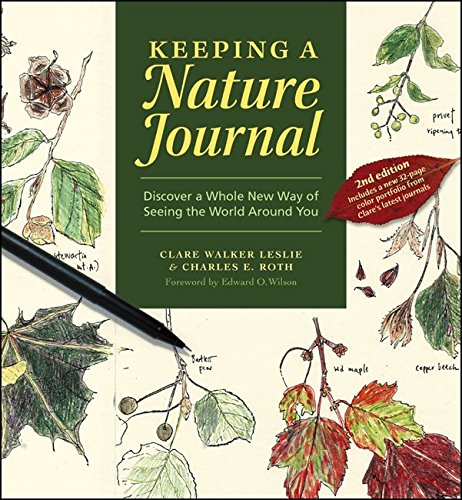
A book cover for Keeping a Nature Journal: Discover a Whole New Way of Seeing the World Around You; Clare Walker Leslie; Science & Math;